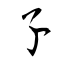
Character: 孒